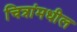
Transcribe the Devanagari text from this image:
चित्रांमधील